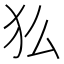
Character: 𬌫